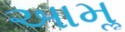
આમૢ